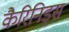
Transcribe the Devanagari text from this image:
कैरिनिड्स